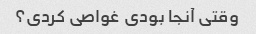
وقتی آنجا بودی غواصی کردی؟